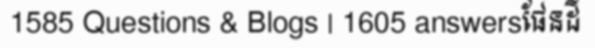
1585 Questions & Blogs | 1605 answersផែនដី